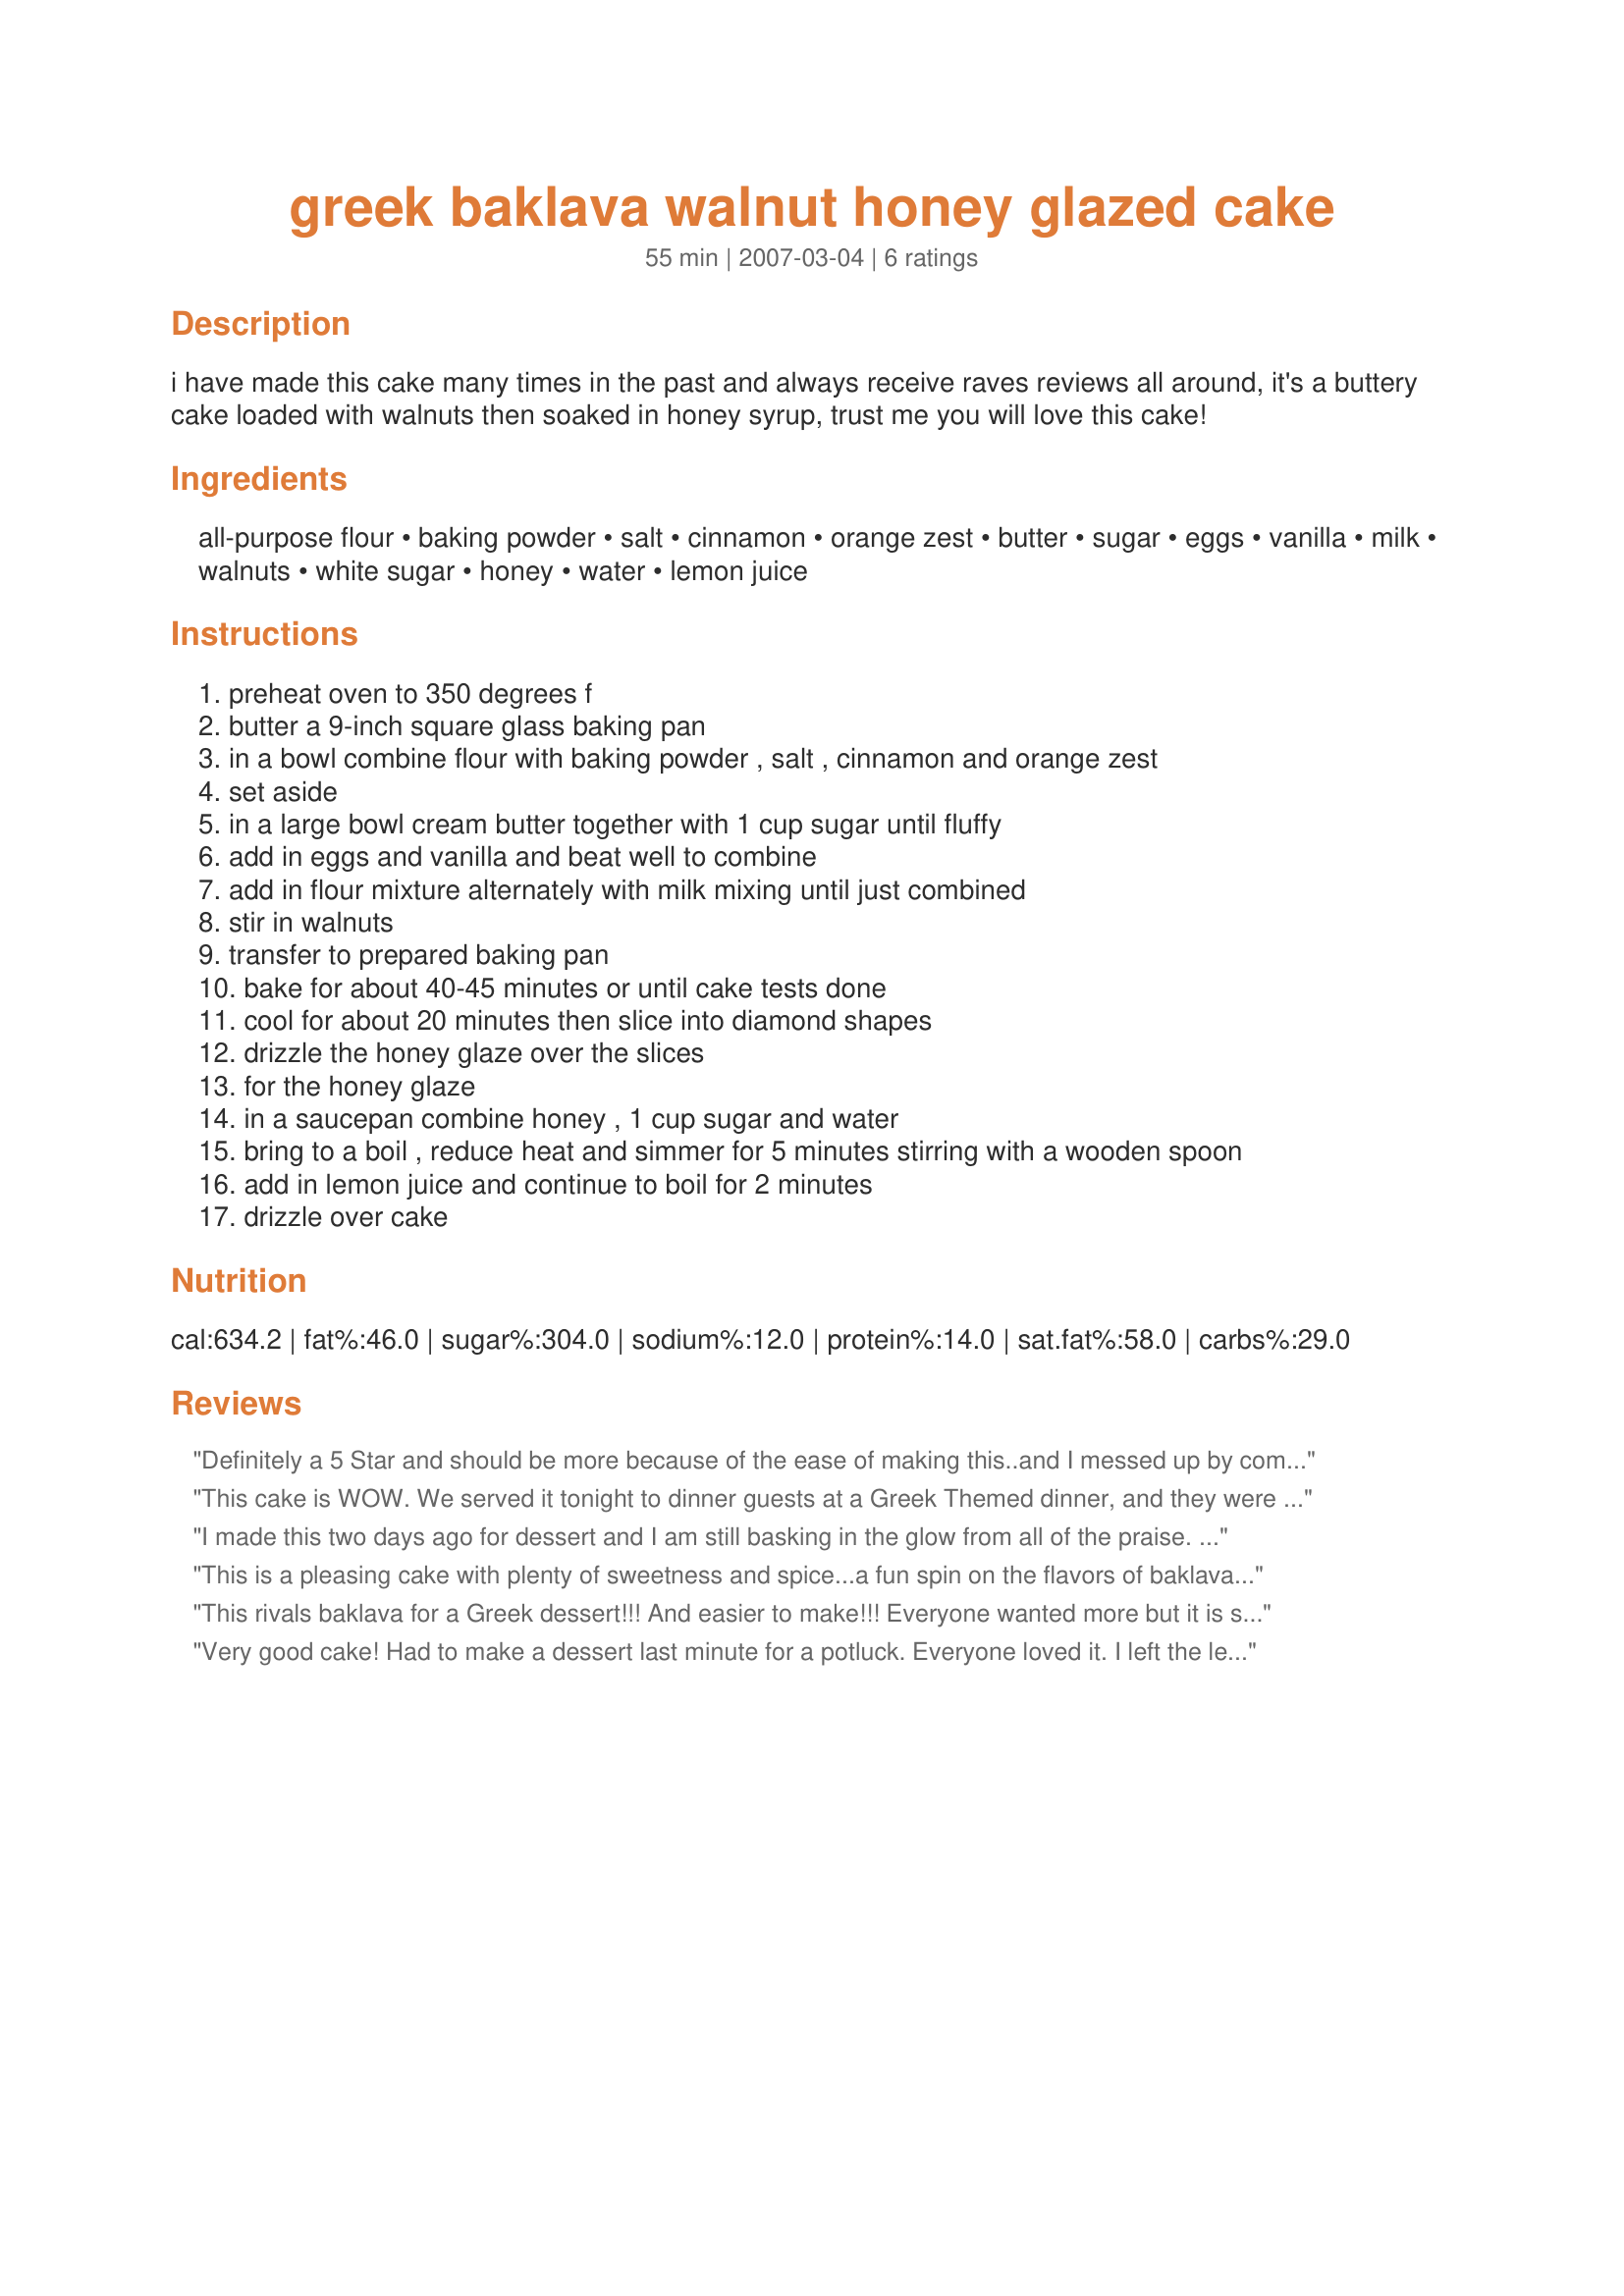
greek baklava walnut honey glazed cake
Preparation time: 55 minutes

i have made this cake many times in the past and always receive raves reviews all around, it's a buttery cake loaded with walnuts then soaked in honey syrup, trust me you will love this cake!

Ingredients:
all-purpose flour, baking powder, salt, cinnamon, orange zest, butter, sugar, eggs, vanilla, milk, walnuts, white sugar, honey, water, lemon juice

Steps:
preheat oven to 350 degrees f
butter a 9-inch square glass baking pan
in a bowl combine flour with baking powder , salt , cinnamon and orange zest
set aside
in a large bowl cream butter together with 1 cup sugar until fluffy
add in eggs and vanilla and beat well to combine
add in flour mixture alternately with milk mixing until just combined
stir in walnuts
transfer to prepared baking pan
bake for about 40-45 minutes or until cake tests done
cool for about 20 minutes then slice into diamond shapes
drizzle the honey glaze over the slices
for the honey glaze
in a saucepan combine honey , 1 cup sugar and water
bring to a boil , reduce heat and simmer for 5 minutes stirring with a wooden spoon
add in lemon juice and continue to boil for 2 minutes
drizzle over cake

Reviews:
Definitely a 5 Star and should be more because of the ease of making this..and I messed up by combining all ingredients together and then mixing..Still perfect...My dad and DH thought they actually preferred it to Baklava...after all those years of me laboring to make it for my Dad..so he could have little touch of Greece..Thank you so much for recommending this to me....Wonderful
This cake is WOW. We served it tonight to dinner guests at a Greek Themed dinner, and they were speechless. It is THAT good. Very moist, and yes, it gets better after it "sits" and melds for about 24 hours. I modified it a tad. For the syrup, I used only 3/4 c. each sugar honey, and only 1/4 c water. I used 1/4 c Orange juice instead of the lemon juice, and the end result was just amazing. Our dinner had so much "lemon" flavor, which is why I leaned toward the "orange" flavor for this cake/dessert. I was a bit nervous about the huge amount of "syrup" to pour over the cake (even though I reduced the amount of syrup ingredients), but the cake absorbed it all. What an astounding flavor and texture. Thank you, Kittencal!
I made this two days ago for dessert and I am still basking in the glow from all of the praise. DH moves desserts, and has no special preference. Anything is fine with him. Now he has a favorite! He said how great it was at LEAST 4 times during dessert, and 2-3 times later. He / we all loved this. It is a &quot;one-of-a-kind&quot; unique dessert that is certain to WOW guests. I can&#039;t wait to try it for a dinner with friends. BUT, I always give you credit, Kitten whenever folks rave over my (your) new recipe! &lt;br/&gt;OH.....you have to add vanilla ice cream too. The best!
This is a pleasing cake with plenty of sweetness and spice...a fun spin on the flavors of baklava! Smells delicious while baking. I think the next time I will use less orange zest as the orange flavor was a bit stronger than I prefer for my own taste...this one is a keeper for sure, and was a great dessert for my Greek dinner!
This rivals baklava for a Greek dessert!!! And easier to make!!! Everyone wanted more but it is so rich that seconds were small so we could savor the flavors.
Very good cake! Had to make a dessert last minute for a potluck. Everyone loved it. I left the leftovers at the host's home, and in the morning my Fiance went tearing up the kitchen not realizing that it was all gone. He was so sad when he found out! I guess I'll be making another. I hold off on the last star because I thought the syrup was indeed to much. I didn't even use it all, and the cake was just sitting in a puddle of honey. The bottom half of the cake was kinda soppy with it (even after I switched plates twice). So next time I'll use about half.
